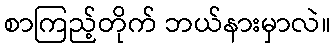
စာကြည့်တိုက် ဘယ်နားမှာလဲ။